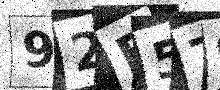
Text: 92B57C